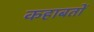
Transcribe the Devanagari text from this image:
कहाबतों